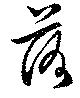
落